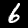
Label: 6